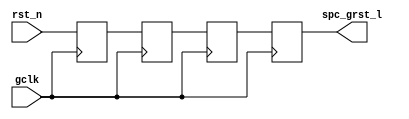
/*
Copyright (c) 2018 Princeton University
All rights reserved.

Redistribution and use in source and binary forms, with or without
modification, are permitted provided that the following conditions are met:
    * Redistributions of source code must retain the above copyright
      notice, this list of conditions and the following disclaimer.
    * Redistributions in binary form must reproduce the above copyright
      notice, this list of conditions and the following disclaimer in the
      documentation and/or other materials provided with the distribution.
    * Neither the name of Princeton University nor the
      names of its contributors may be used to endorse or promote products
      derived from this software without specific prior written permission.

THIS SOFTWARE IS PROVIDED BY PRINCETON UNIVERSITY "AS IS" AND
ANY EXPRESS OR IMPLIED WARRANTIES, INCLUDING, BUT NOT LIMITED TO, THE IMPLIED
WARRANTIES OF MERCHANTABILITY AND FITNESS FOR A PARTICULAR PURPOSE ARE
DISCLAIMED. IN NO EVENT SHALL PRINCETON UNIVERSITY BE LIABLE FOR ANY
DIRECT, INDIRECT, INCIDENTAL, SPECIAL, EXEMPLARY, OR CONSEQUENTIAL DAMAGES
(INCLUDING, BUT NOT LIMITED TO, PROCUREMENT OF SUBSTITUTE GOODS OR SERVICES;
LOSS OF USE, DATA, OR PROFITS; OR BUSINESS INTERRUPTION) HOWEVER CAUSED AND
ON ANY THEORY OF LIABILITY, WHETHER IN CONTRACT, STRICT LIABILITY, OR TORT
(INCLUDING NEGLIGENCE OR OTHERWISE) ARISING IN ANY WAY OUT OF THE USE OF THIS
SOFTWARE, EVEN IF ADVISED OF THE POSSIBILITY OF SUCH DAMAGE.
*/
module pico_reset(
    input wire gclk,
    input wire rst_n,

    output reg spc_grst_l                      
);
   
   reg reset_l_f;
   reg reset_l_ff;
   reg reset_l_fff;
   always @ (posedge gclk)
   begin
      reset_l_f <= rst_n;
      reset_l_ff <= reset_l_f;
      reset_l_fff <= reset_l_ff;
      spc_grst_l <= reset_l_fff;
   end
  
endmodule // pico_reset